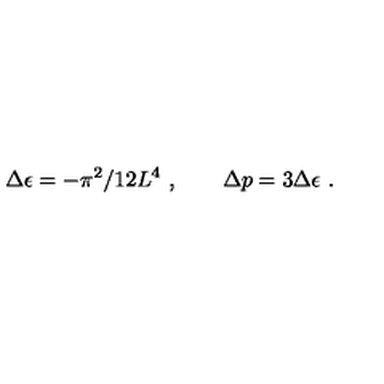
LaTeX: \Delta \epsilon = - \pi ^ { 2 } / 1 2 L ^ { 4 } \ , \qquad \Delta p = 3 \Delta \epsilon \ .